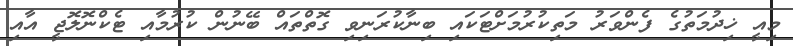
މިއީ ޚިދުމަތުގެ ފެންވަރު މަތިކުރުމަށްޓަކައި ބިނާކުރަނިވި ގޮތްތައް ބޭނުން ކުރުމާއި ޓެކްނޮލޮޖީ އާއި